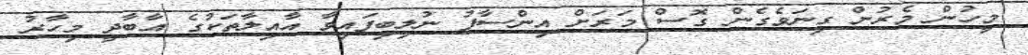
މީހުން މެރުން ގިނަވެގެން ގޮސް މަރަށް އިންސާފު ނުލިބިފައިވާ އާއިލާތަކުގެ އާބާދީ މިހާރު